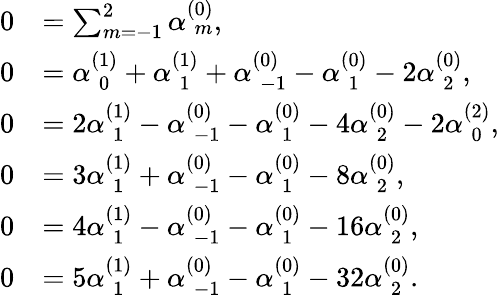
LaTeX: \begin{array}{rl}{0}&{=\sum_{m=-1}^{2}\alpha_{\hphantom{(}m}^{(0)},}\\ {0}&{=\alpha_{\hphantom{(}0}^{(1)}+\alpha_{\hphantom{(}1}^{(1)}+\alpha_{\hphantom{(}-1}^{(0)}-\alpha_{\hphantom{(}1}^{(0)}-2\alpha_{\hphantom{(}2}^{(0)},}\\ {0}&{=2\alpha_{\hphantom{(}1}^{(1)}-\alpha_{\hphantom{(}-1}^{(0)}-\alpha_{\hphantom{(}1}^{(0)}-4\alpha_{\hphantom{(}2}^{(0)}-2\alpha_{\hphantom{(}0}^{(2)},}\\ {0}&{=3\alpha_{\hphantom{(}1}^{(1)}+\alpha_{\hphantom{(}-1}^{(0)}-\alpha_{\hphantom{(}1}^{(0)}-8\alpha_{\hphantom{(}2}^{(0)},}\\ {0}&{=4\alpha_{\hphantom{(}1}^{(1)}-\alpha_{\hphantom{(}-1}^{(0)}-\alpha_{\hphantom{(}1}^{(0)}-16\alpha_{\hphantom{(}2}^{(0)},}\\ {0}&{=5\alpha_{\hphantom{(}1}^{(1)}+\alpha_{\hphantom{(}-1}^{(0)}-\alpha_{\hphantom{(}1}^{(0)}-32\alpha_{\hphantom{(}2}^{(0)}.}\end{array}